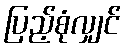
ပြည့်စုံလျှင်